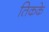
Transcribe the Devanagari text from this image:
तिकके